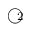
\textcircled { \scriptsize { 2 } }